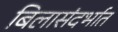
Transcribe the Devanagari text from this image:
बिलासंदर्भात